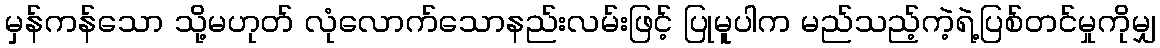
မှန်ကန်သော သို့မဟုတ် လုံလောက်သောနည်းလမ်းဖြင့် ပြုမူပါက မည်သည့်ကဲ့ရဲ့ပြစ်တင်မှုကိုမျှ